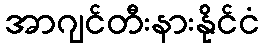
အာဂျင်တီးနားနိုင်ငံ